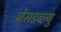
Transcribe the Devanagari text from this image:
जेसडब्ल्यु